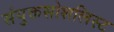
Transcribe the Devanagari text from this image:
संयुक्तसोशलिस्ट